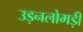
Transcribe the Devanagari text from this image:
उड़नलोमड़ी